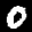
Label: 0